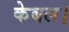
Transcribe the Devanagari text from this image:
केबल।